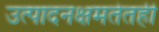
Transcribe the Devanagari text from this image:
उत्पादनक्षमतेतही